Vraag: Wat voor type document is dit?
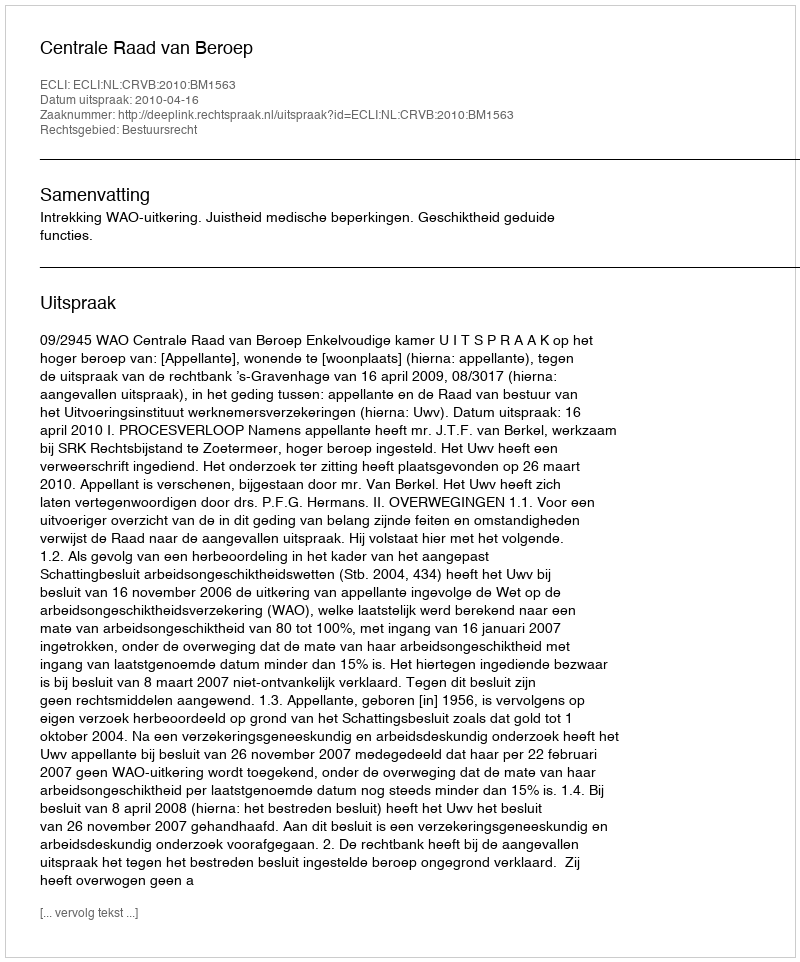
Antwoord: Uitspraak